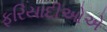
ફરિયાદીઓએ